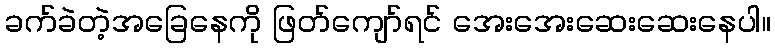
ခက်ခဲတဲ့အခြေနေကို ဖြတ်ကျော်ရင် အေးအေးဆေးဆေးနေပါ။